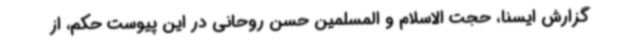
گزارش ایسنا، حجت الاسلام و المسلمین حسن روحانی در این پیوست حکم، از